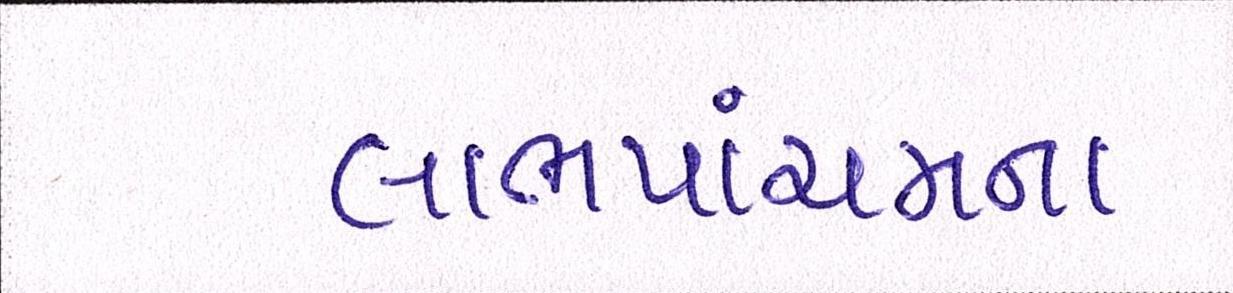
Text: લાભપાંચમના